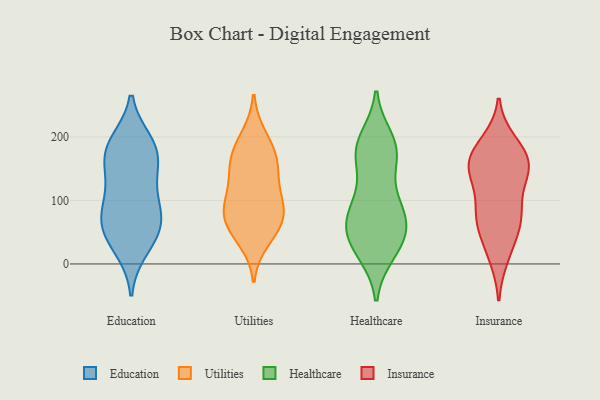
{"axis": {"x": "Churn Rate (%)", "y": "Value"}, "legend": ["Education", "Healthcare", "Insurance", "Utilities"], "data": [{"x": "", "y": 188, "type": "Education"}, {"x": "", "y": 153, "type": "Education"}, {"x": "", "y": 38, "type": "Education"}, {"x": "", "y": 176, "type": "Education"}, {"x": "", "y": 191, "type": "Education"}, {"x": "", "y": 57, "type": "Education"}, {"x": "", "y": 110, "type": "Education"}, {"x": "", "y": 72, "type": "Education"}, {"x": "", "y": 24, "type": "Education"}, {"x": "", "y": 96, "type": "Education"}, {"x": "", "y": 58, "type": "Education"}, {"x": "", "y": 178, "type": "Education"}, {"x": "", "y": 143, "type": "Education"}, {"x": "", "y": 76, "type": "Education"}, {"x": "", "y": 157, "type": "Utilities"}, {"x": "", "y": 157, "type": "Utilities"}, {"x": "", "y": 63, "type": "Utilities"}, {"x": "", "y": 70, "type": "Utilities"}, {"x": "", "y": 156, "type": "Utilities"}, {"x": "", "y": 86, "type": "Utilities"}, {"x": "", "y": 200, "type": "Utilities"}, {"x": "", "y": 38, "type": "Utilities"}, {"x": "", "y": 117, "type": "Utilities"}, {"x": "", "y": 58, "type": "Utilities"}, {"x": "", "y": 88, "type": "Utilities"}, {"x": "", "y": 183, "type": "Utilities"}, {"x": "", "y": 105, "type": "Utilities"}, {"x": "", "y": 18, "type": "Healthcare"}, {"x": "", "y": 20, "type": "Healthcare"}, {"x": "", "y": 119, "type": "Healthcare"}, {"x": "", "y": 91, "type": "Healthcare"}, {"x": "", "y": 48, "type": "Healthcare"}, {"x": "", "y": 67, "type": "Healthcare"}, {"x": "", "y": 183, "type": "Healthcare"}, {"x": "", "y": 189, "type": "Healthcare"}, {"x": "", "y": 71, "type": "Healthcare"}, {"x": "", "y": 35, "type": "Healthcare"}, {"x": "", "y": 196, "type": "Healthcare"}, {"x": "", "y": 33, "type": "Healthcare"}, {"x": "", "y": 169, "type": "Healthcare"}, {"x": "", "y": 173, "type": "Healthcare"}, {"x": "", "y": 76, "type": "Healthcare"}, {"x": "", "y": 171, "type": "Healthcare"}, {"x": "", "y": 91, "type": "Healthcare"}, {"x": "", "y": 58, "type": "Healthcare"}, {"x": "", "y": 182, "type": "Insurance"}, {"x": "", "y": 191, "type": "Insurance"}, {"x": "", "y": 139, "type": "Insurance"}, {"x": "", "y": 65, "type": "Insurance"}, {"x": "", "y": 86, "type": "Insurance"}, {"x": "", "y": 76, "type": "Insurance"}, {"x": "", "y": 65, "type": "Insurance"}, {"x": "", "y": 173, "type": "Insurance"}, {"x": "", "y": 24, "type": "Insurance"}, {"x": "", "y": 75, "type": "Insurance"}, {"x": "", "y": 12, "type": "Insurance"}, {"x": "", "y": 151, "type": "Insurance"}, {"x": "", "y": 131, "type": "Insurance"}, {"x": "", "y": 158, "type": "Insurance"}, {"x": "", "y": 159, "type": "Insurance"}, {"x": "", "y": 150, "type": "Insurance"}]}